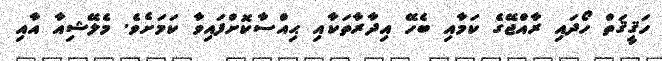
ހަޤީޤަތް ހޯދައި ރާއްޖޭގެ ކަމާއި ބެހޭ އިދާރާތަކާއި ޙިއްސާކޮށްފައިވާ ކަމަށެވެ. މެލޭޝިއާ އާއި